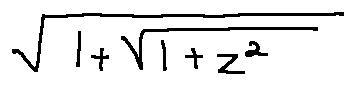
\sqrt { 1 + \sqrt { 1 + z ^ { 2 } } }